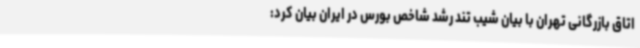
اتاق بازرگانی تهران با بیان شیب تند رشد شاخص بورس در ایران بیان کرد: